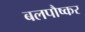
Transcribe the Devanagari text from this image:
बलपौष्कर